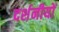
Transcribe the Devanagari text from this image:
दर्शनीयों